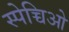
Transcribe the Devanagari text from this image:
स्पेच्चिओ